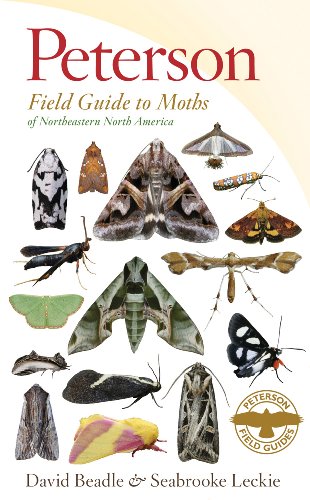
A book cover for Peterson Field Guide to Moths of Northeastern North America (Peterson Field Guides); David Beadle; Science & Math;